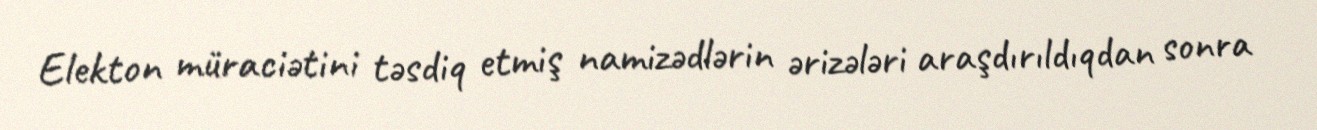
Elekton müraciətini təsdiq etmiş namizədlərin ərizələri araşdırıldıqdan sonra